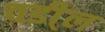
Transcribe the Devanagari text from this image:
वडी्ल